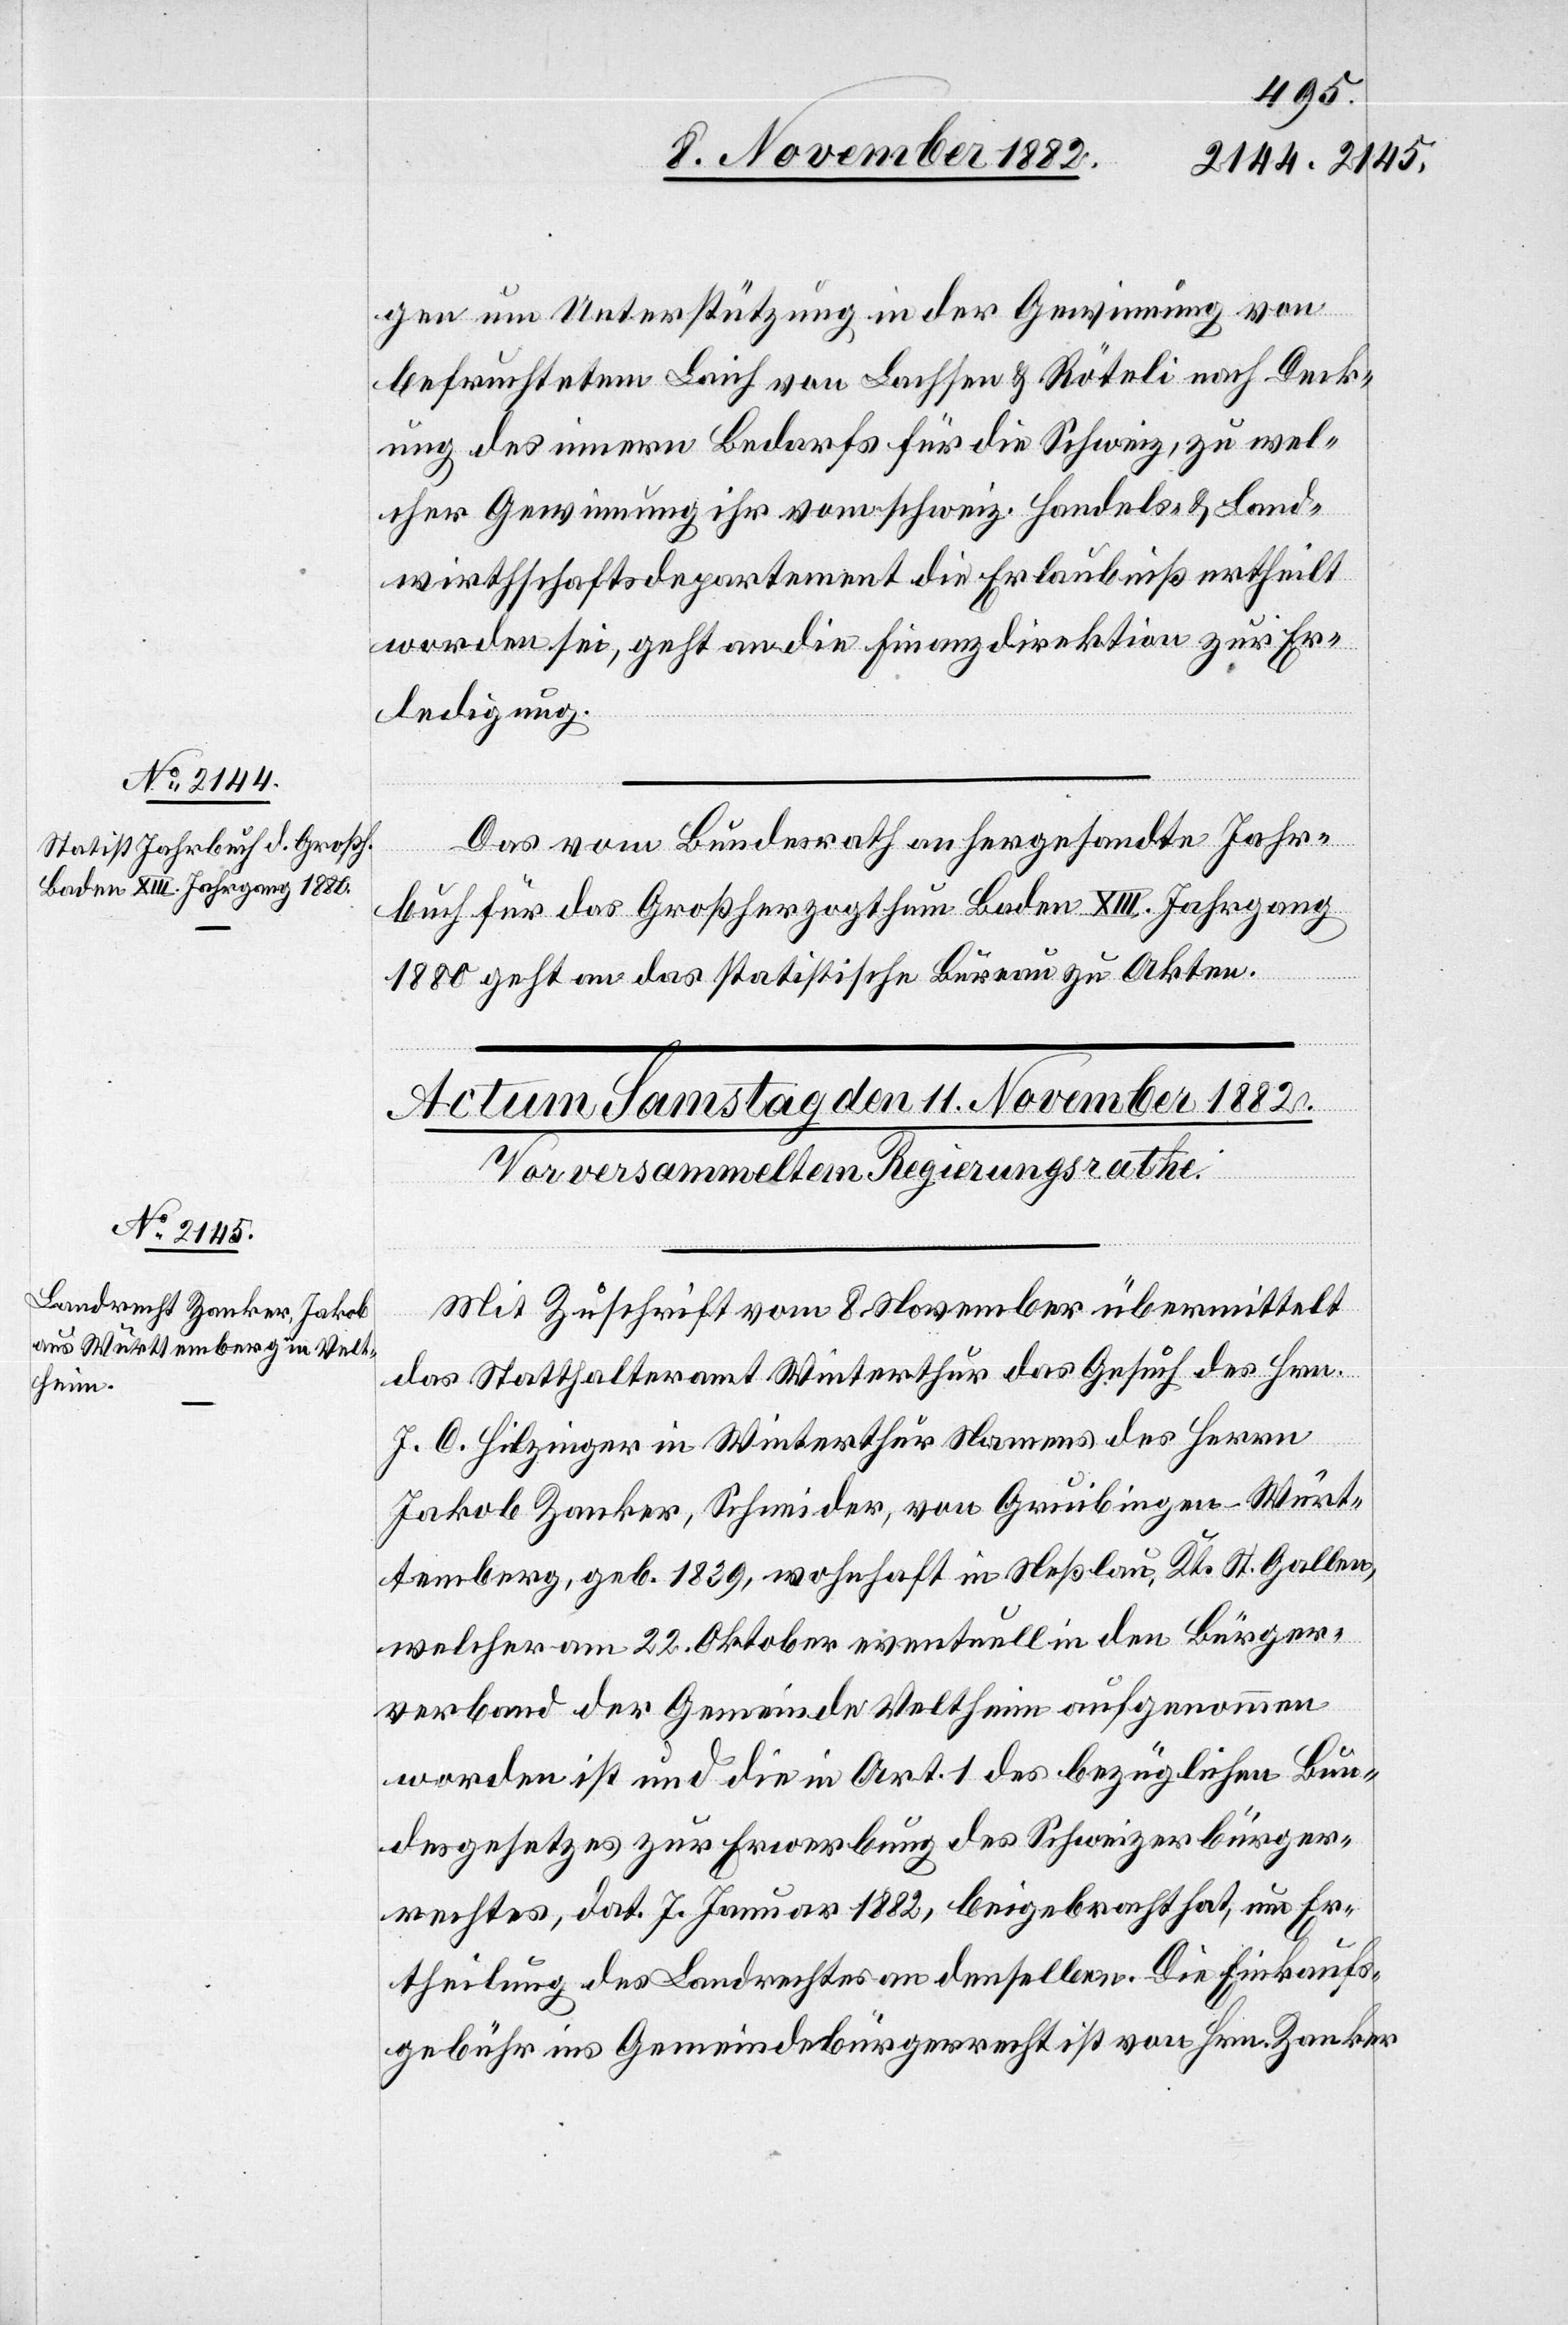
10. November 1882.]
gen um Unterstützung in der Gewinnung von
befruchtetem Laich von Lachsen & Röteli nach Deck¬
ung des innern Bedarfs für die Schweiz, zu wel¬
cher Gewinnung ihr vom schweiz. Handels- & Land¬
wirthschaftsdepartement die Erlaubniß ertheilt
worden sei, geht an die Finanzdirektion zur Er¬
ledigung.
Das vom Bundesrath anhergesandte Jahr¬
buch für das Großherzogthum Baden XIII. Jahrgang
1880 geht an das statistische Bureau zu Akten.
Mit Zuschrift vom 8. November übermittelt
das Statthalteramt Winterthur das Gesuch des Hrn.
J. O. Hilzinger in Winterthur Namens des Herrn
Jakob Zanker, Schneider, von Gruibingen - Würt¬
temberg, geb. 1839, wohnhaft in Neßlau, Kts. St. Gallen,
welcher am 22. Oktober eventuell in den Bürger¬
verband der Gemeinde Veltheim aufgenommen
worden ist und die in Art. 1 des bezüglichen Bun¬
desgesetzes zur Erwerbung des Schweizerbürger¬
rechtes, dat. 7. Januar 1882, beigebracht hat, um Er¬
theilung des Landrechtes an denselben. Die Einkaufs¬
gebühr ins Gemeindebürgerrecht ist von Hrn. Zanker